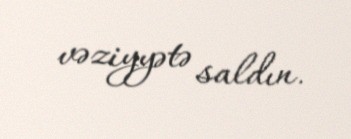
vəziyyətə saldın.